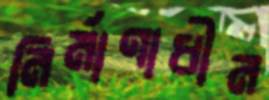
নির্মাণাধীন